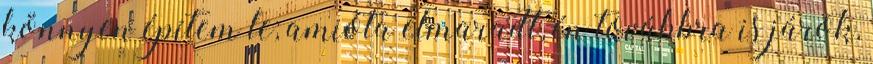
könnyen építem le; amióta elmaradt, én továbbra is járok,